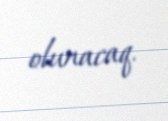
olunacaq.